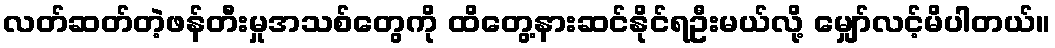
လတ်ဆတ်တဲ့ဖန်တီးမှုအသစ်တွေကို ထိတွေ့နားဆင်နိုင်ရဦးမယ်လို့ မျှော်လင့်မိပါတယ်။